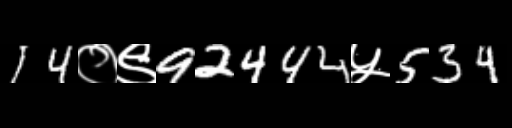
Text: 14०९92444५534